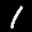
Label: 1